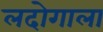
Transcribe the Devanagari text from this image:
लदोगाला